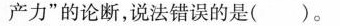
产力”的论断，说法错误的是( )。